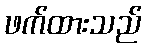
ဖက်ထားသည်